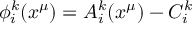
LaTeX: \phi _ { i } ^ { k } ( x ^ { \mu } ) = A _ { i } ^ { k } ( x ^ { \mu } ) - C _ { i } ^ { k }